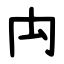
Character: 禸